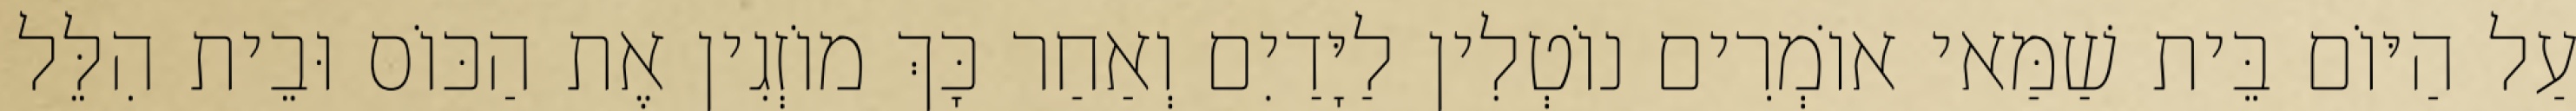
עַל הַיּוֹם בֵּית שַׁמַּאי אוֹמְרִים נוֹטְלִין לַיָּדַיִם וְאַחַר כָּךְ מוֹזְגִין אֶת הַכּוֹס וּבֵית הִלֵּל